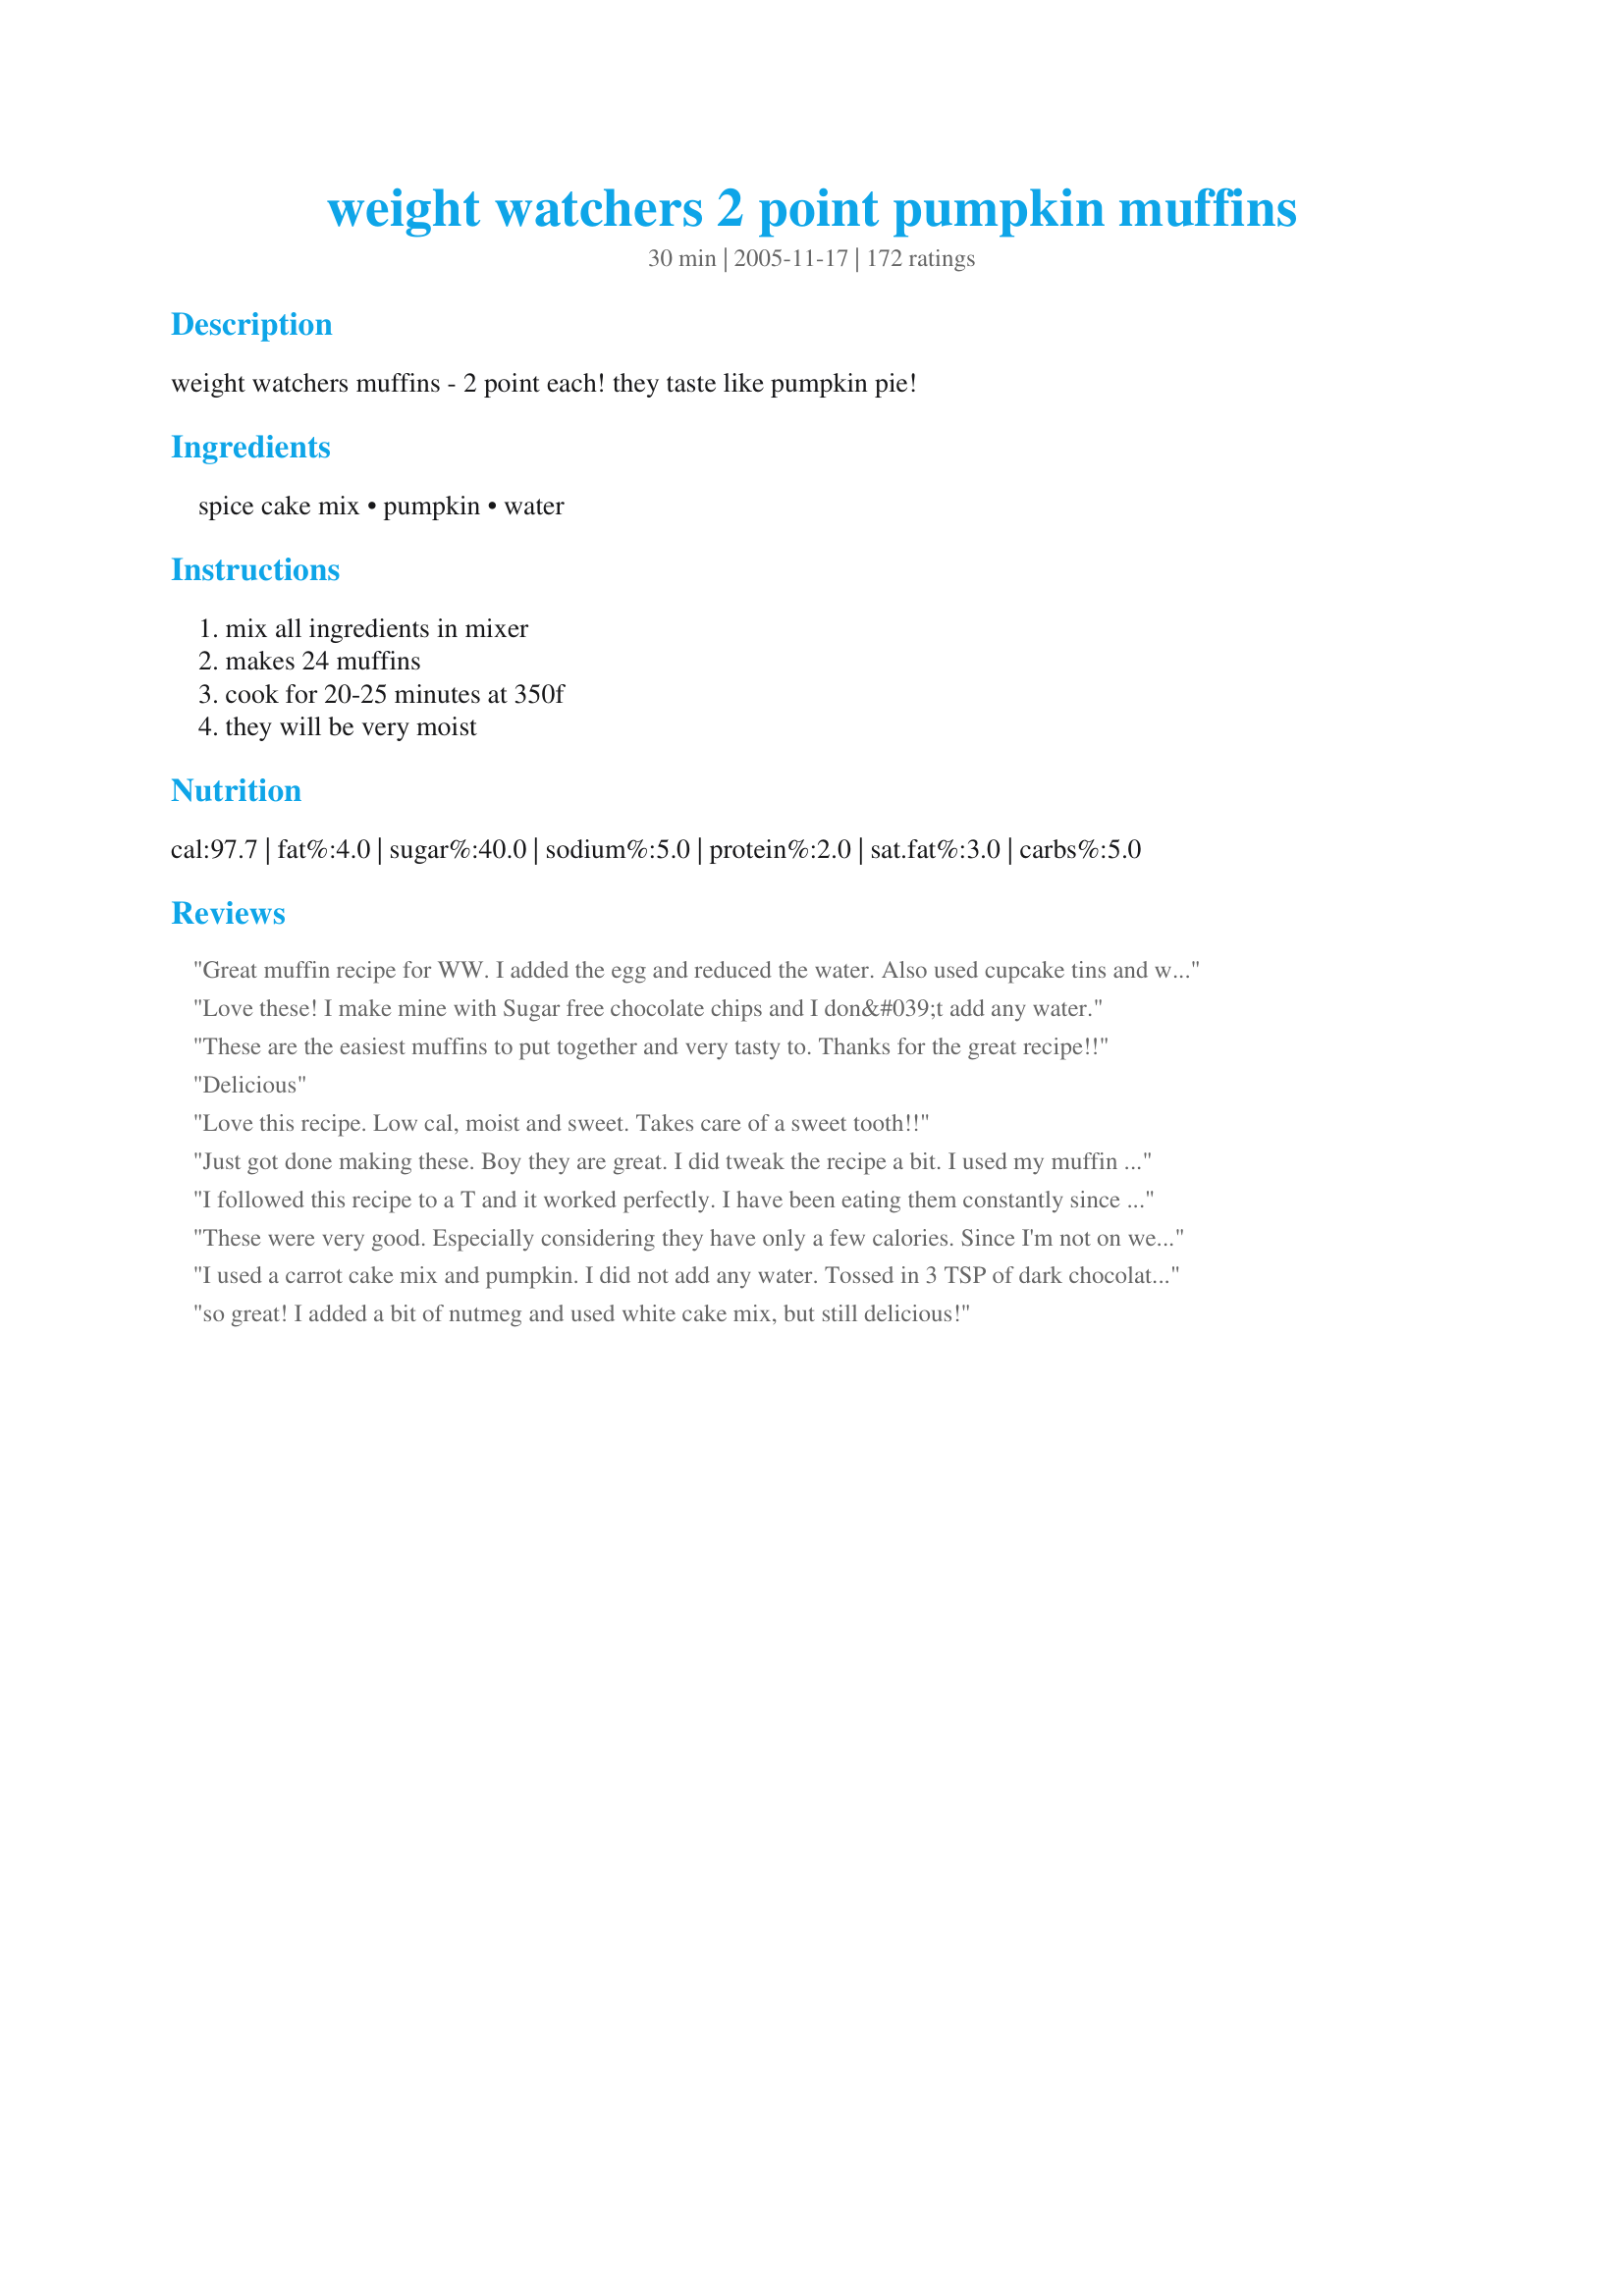
weight watchers 2 point pumpkin muffins
Preparation time: 30 minutes

weight watchers muffins - 2 point each! they taste like pumpkin pie!

Ingredients:
spice cake mix, pumpkin, water

Steps:
mix all ingredients in mixer, makes 24 muffins, cook for 20-25 minutes at 350f, they will be very moist

Reviews:
Great muffin recipe for WW. I added the egg and reduced the water. Also used cupcake tins and wrappers. Love the pumpkin flavor. Will make it with another flavor next time. This is a keeper for sure.
Love these! I make mine with Sugar free chocolate chips and I don&#039;t add any water.
These are the easiest muffins to put together and very tasty to. Thanks for the great recipe!!
Delicious
Love this recipe. Low cal, moist and sweet. Takes care of a sweet tooth!!
Just got done making these. Boy they are great. I did tweak the recipe a bit. I used my muffin top pan and got 36 muffins. Instead of all that water I added 3/4 cup instead and 1 egg. Also the Betty Crocker spice cake mix is 15.25 ounces. I will sure make these again. Only thing to make them better is whip up a batch of low calorie/fat cream cheese frosting! :)
I followed this recipe to a T and it worked perfectly. I have been eating them constantly since I made them, and for four points I can have two muffins and a pretty filling breakfast. These are really really soft and yummy too, just like pumpkin bread!
These were very good. Especially considering they have only a few calories. Since I'm not on weight watchers, but I am concious of calorie intake, I added a little bit of frosting to them. Just a little made them even better and didn't add a ton of calories. I also added a little cinnamon to the batter because I love spice. Thanks for sharing a nice low cal/fat recipe!
I used a carrot cake mix and pumpkin. I did not add any water. Tossed in 3 TSP of dark chocolate chips and baked for 20 min. Turned out perfect with great texture and flavor. They popped right out of the muffin pan (made 12) and made my house smell fab!
so great! I added a bit of nutmeg and used white cake mix, but still delicious!
These are delish and healthy! My 5 year old loves them! The neighbor kids also love these and range from 5-12 in age :) I do put 1/2 c water instead of 1 c and I also add 1 egg and pumpkin pie spice(about 1 tsp)! Thank you for this recipe!
This is also good with chocolate cake mix. Add 1 cup of coffee in place of water. Also, with yellow cake add cinnamon.
I have made these twice. The first time I added the water and they would not cook through. The second time I made them, I followed recipe from another site and did not add water. Just Cake mix and 1 can of pumpkin puree. They turned out perfect. IF you are making them do not add any water! JMO
I left out the water and these turned out great. A dollop of fat free cool whip makes these even better! Thanks for the post.
Delish and so easy and quick. I added a half cup of ground flax and used 1/3 cup of water and an egg. Thanks for sharing!
Nummy!
SOOO GOOD!!! I made these this morning, and they're so delicious that I'm making my fiance' bring the rest of them to work with him tomorrow so I'm not tempted to eat the whole batch! They taste exactly like pumpkin pie! I followed the advice in some of the reviews, here's what I did:<br/><br/>I used Pillsbury pumpkin bread mix<br/>1 15 oz can of pumpkin<br/>1/2 c. water<br/>2 egg whites<br/><br/><br/>I sprayed a cupcake tin and put them right in there!<br/>I'm glad I did that because they are so moist I think they would have stuck to the paper<br/>I baked at 400 for 20 minutes and the came out PERFECT. :)
I just had to make these. There have been so many recent reviews that I couldn't help my self. DH instantly said to make them again. They are so full of flavor. I sprayed the muffin pans with pam. They do not rise like normal muffins but they are so good. They're very moist to the point you think they are not done. I cooked them for 25 minutes. They also freeze well, and can be zapped in the mircowave for about 35 seconds. I'm thinking about experimenting with this and putting the mixture in a pie pan and top with fat free cool whip. Instant pumkin pie? Thanks nad smith for posting a very delicious recipe.
OMG these are sooo good. Instead for going for a third I thought I should write a review instead. I did cut back the water by 1/4 cup to add an egg in order to make the texture more what the family is used to. On half of the muffins I added left over streusel topping but I haven't tried that version yet though it looks even more inviting. I like this recipe as well as the Eggbeater version I was originally looking for. Will try the applesauce instead of water variation too next time.
This is one that I make all the time, I use a snack size no sugar added apple sauce instead of the water. Sometimes I also add some walnuts when I want to a little crunch.
I love these muffins! I did make a few changes though. I don't use any water. Instead I use 2-3 egg whites to add protein and very few extra calories. I also add 1/2 cup chopped pecans for a bit of crunch and healthy fat. The batter is very thick but the muffins are perfect after baking. Everyone that has tried these can't believe they're low fat! They are over the top with a bit of cream cheese frosting!
I made this recipe and did not use the water, but they are perfect. I had to bake them at 385 degrees in my convection oven as I live at 8400 ft elevation in Colorado. I have had to increase the oven temp by 35 degrees for my altitude. It took 15 minutes for 24 mini muffins and 20 minutes for a small loaf of bread. I ran out of muffin tins. Taste and texture is just perfect!
I didn&#039;t care much for these muffins. They tasted okay, but the texture was odd~not really muffin or cake like. Mine didn&#039;t seem to rise but they looked exactly like the accompanying photos. Very disappointing. I ended up throwing the remainder away and I hate to waste food.
Perfect Fall Muffins! As soon as you smell these muffins you will not be able to control yourself from eating these. Not only did these smell good but they were the best tasting Muffins I have ever had. I wouldn't change a thing!
These muffins were fantastic! I've watched this recipe get reviewed over and over again and finally I picked up a box of spice cake mix from the store and whipped them up in mere minutes. Mine cooked in 24 minutes. After they cooled a bit I tasted one just to make sure they were decent and they weren't just decent- they were phenomenal! Incredibly moist, nice pumpkin taste and were great with a tall glass of cold milk. I can't wait to make these over and over again!
Wow, these were so yummy!!
I did make a few changes, I added a tbs of cinnamon and vanilla. These are fabulous (cupcakes!) So moist and yummy! Mine baked perfect at 25 minutes and weren't mushy at all. Just moist and very flavorful. For 2 points a muffin, you can't beat that! Thanks for the wonderful recipe! This is a new dessert for me! :}
So easy! VERY moist. I added one egg and used applesauce instead of water. I will add a little pumpkin spice next time. Everyone who tried one....LOVED them. =)
Loved these!! So easy, super moist, and perfect for a quick, healthy snack. I added 1 egg and otherwise followed the directions as written. Thanks for sharing!!
I thought these were wonderful & my husband loved them too.

Since some reviewers said that the muffins didn't bake as well, I added an egg.

Thanks for sharing a great recipe!
These were really quick and easy to make. I think next time I will take previous reviewers advice and up the spices a bit. They would be awesome with a little cream cheese icing (kinda defeats the two points but yum). I am going to print an extra copy for my mom. Thanks for a great snack.
I love, love, love these muffins. I tried it using a carrot cake mix because I don&#039;t like spice cake. It is delicious for all you carrot cake fans out there.
Used yellow cake mix and cut down the water to about 1/2C and used an extra ounce or two of pumpkin. Also threw in some raisins. Turned out amazing! Great lo-cal snack and SO easy. Will definately make again.
Easy, and so yummy...I added a heaping t-spoon of cinnamon, a spoon of vanilla and then added a Tbsp of flax soaked in enough H2O to make a 1/2 cup of gelatinous liquid {{ :) }} & threw some nice chopped pecans into the mix....delish !!!...maybe I make ginormous muffins or lick my batter too much {lol} but I only got a dozen...which is perfect for me anyway!!! :)
These are great muffins for being only 2 points. I added 1/4 cup of chopped walnuts to the recipe for a little bit of additional texture and they are wonderful! I must say that they do not (for obvious reasons - only 3 ingredients) rise like normal muffins, but are worth it none the less.

Thanks!
Instead of using spice cake mix, I made these with a box of Fiber One apple cinnamon muffin mix -- very high in fiber and Weight Watchers friendly -- entered it into the WW recipe builder, and they're coming out as 2 PP per muffin. The apple cinnamon muffin mix is yummy with the pumpkin!
I did not use any water. I used the chocolate butter cake mix and added two egg whites. I also added a couple tbsp of cocoa powder and 1 tsp vanilla. Baked for 25 minutes. My family loves them! Mine came out to be three points each bc of the chocolate cake but a really delicious dessert with 1 point vanilla ice cream!
These are absolutely amazing! I made them as bar by putting the batter in a 12x16 cookie sheet and cooking it for 22 minutes. Less hassle and clean up than muffins. They are moist and flavorful and entirely too addictive! Thanks for a great recipe!! I will be making these often.
For a diet muffin they were very good. They were moist and flavorful. Thery were very quick and easy to prepare. Went well with our morning coffee. 

Thanks Nad Smith. 

Bullwinkle
I love these muffins and you can't mess them up! I used the exact recipe except I used a yellow cake mix and added 2 teaspoons of pumpkin pie spice and they came out great! My kids love them too and I feel like I am sneaking in a veggie!
I made these with the sugar free vanilla cake mix (39 points), 15 1/2 ounce can of pumpkin (0 points) and about 8 or 9 ounces of Muscle Milk 100 Calorie milk (1 point) - total points is 40 and I mde 48 mini cupcakes so it's actually .833 a point -- so I count each one as 1 point - the muscle milk gives them a sweeter taste and make them a little denser -- they came out perfect and I passed them out at my weekly weight watchers meeting and everyone loved them -- this is a fantastic 1 point food.
These are awesome. I found adding water made them too wet. I usually just use the cake mix, a can of Libby's pumpkin. 15oz and either an egg OR cinnamon lite applesauce.. sooo yummy
these were delcious. i did add one egg and did 1/2 cup water, 1/2 cup lowfat milk. they were very moist, in fact a little too moist so next time i will omit the egg. also added a little extra pumpkin spice b/c i had it on hand. i could imagine putting some cream cheese icing on these for the folks who arent dieting!
Does it get any better than a 2 ingredient, 1 step recipe? Only if it&#039;s low cal AND tastes like pumpkin bread! Thank you for this great recipe. Definitely a keeper
These were awesome! I took someones advice and added 1 cup of quick cooking oats to help with the texture. You could not tell they were lowfat AT ALL! Thank you.
I can't tell you how much I love these muffins! I ended up going with the suggestion of 1/2 c water and 1/2 c milk, and I used 1/4 c egg beater for the egg. This gave it a wonderful cake like texture. I also sprinkled pumpkin pie spice on the top during mixing. I baked these 3 ways-as regular sized muffins, as muffin tops, and as a small cake with the left over batter. All 3 turned out wonderfully. Each of my boys loves these muffins and I will be making them again. Thanks for sharing!
Wonderful, simple recipe. I reduced the water to 1/3 of a can and added one egg according to previous reviews, and they turned out great. Next time, and there will be a next time, I'll try adding in some raisins or chocolate chips. Thanks for the recipe!
This recipe is terrible. The texture is doughy and there isn&#039;t much flavor. Don&#039;t waste your money or time.
These are perfect little gems of a muffin! They are great with coffee for an evening treat without blowing a diet. Thanks for sharing such a simple but pefectly delectable little treat! I made 12 large muffins and 24 mini muffins so I could freeze the minis for on the go treats. Found this recipe through the I Recommend Tag game.
I didn't have spice cake mix on hand so I used a yellow cake mix and did the following tweaks:<br/><br/>1 egg<br/>1 cup oatmeal<br/>1 1/2 tsp cinnamon<br/>1/2 tsp nutmeg<br/>1/4 tsp ground cloves<br/>1/4 tsp ginger powder<br/>reduced water to 2/3 cup<br/><br/>I found the oatmeal reduced the excess moistness leaving a balanced muffin (moist still but not too moist). I also reduced the water to 1/2 cup because I added an egg to the recipe. The whole house smells like fall when these are being baked! Next time I might add nuts or craisins for extra flavor.<br/>2 points per serving (24 cup cakes)!
Absolutely wonderful. A little dollip of cool whip on top and wha-la. Delicious.
what are the true points 4 or more per muffin
From what my we councilor told me the calorie count on the cake mix is one tenth of the cake mix and also for a single serving which bumps the smart points upto twelve. As you I was disappointed
They were great. I only used 3/4 cup water and added pumpkin pie spice. My family loved them.
Love it! OH they are SOOOO good. I will be making these around the fall time for sure, so I can replace my usual pumpkin pie and pumpkin roll (maybe ice them with a little cream cheese icing). These are so tasty and easy. Thanks for the great recipe!
YUM! I really thought you meant muffins though, so I used a muffin pan (which have cups that are about 2x the size of cupcake cups), so it only made ~ 10 ^^; Now I know! <br/><br/>I also added about a half cup of walnuts. Delicious!<br/><br/>Thanks for the recipe!
You can use any cake mix with this recipie. If you add an egg it is more cake-like. Very Yummy!
I made this in a 9 X 13 cake pan & added 1/2 cup of egg substitute. It is delicious! Even my "I don't like diet foot" teenage daughter loves it. She said, "it tastes just like pumpkin pie without the yucky crust!" I guess that says it all. It's great with a little cool whip free on top! Thanks so much for sharing the recipe.
I also loved these. So easy to make and was exactly what I needed to cure my sweet tooth! I did not have spice cake, so I used a yellow cake mix and added some cinnamon, ginger and cloves. They do taste like pumpkin pie. I baked 12 of them and put the rest in the fridge to try it SayHay6s way, it sounds yummy! Thanks!
Love to make these in the fall. My favorite way to serve is to just take a serving size of batter and put it in a small microwavable container, microwave for 25-30 seconds just til warm and a little cakey. Add a spoonful of fat free cool whip, watch out very addicting, YUM YUM.
I always make these with no water. Just pumpkin and spice cake mix. It's a wonderful muffin!
These were wonderful. I added some pumpin spice to the batter. I will be making a batch today to bring with me tonight to give to the staff that work at my vets office.
I don't know but these didn't do it for me. Yes, they are low calorie, but weird texture. I ended up having to cook them longer and they were almost too moist inside. Also, I guess I'm a sugarholic, but they needed more sugar in them or something.
I am going to try these. For those who are doing smart points, I calculated and based on the nutrition provided w/o adding anything, they are 4 points each.
Loved these! Yummy, pumpkin taste--much like pumpkin pie as others have mentioned. I did add about a 1/2 tsp. of pumpkin pie spice as well. Very easy to make. Will definitely make again. Thanks for sharing!
These were WONDERFUL! I loved them and plan on making them all the time and they are only 2 POINTS!
This is sooooo yummy and moist---and very guilt-free for an anytime snack or alongside a dinner. My 10 year old loves to make these! Thanks for a great recipe!
Warning.... do not make this in a 13x9 pan if you are counting WW Points!! I did, and ate half the pan!! They need to be made as muffins so that you will find some self control (or at least "I" need to!) LOL! <br/>I followed the other recommendations and added one egg and cut back on the water. I blended it according to the package, whipping it for 2 mins and baked it in a 13x9 pan for 25 mins. It came out light and fluffy and SOOOOO good! Like I said, I ate half the dang pan! I will be making this again! I would love to try it with chocolate chips, like someone mentioned.
Really liked the muffins. They were light and tasty! I used 1 egg as another reviewer had, just because it sounded like it would hold the muffins together a little better. I ended up with 21 muffins due to my inability to evenly distribute batter! :) Will make again.
These are so fast to throw together and very tasty! I have made these quite a few times now and will continue using this recipe as a staple in my house! I use some extra cinnamon and pumkin pie spice in mine along w/ some vanilla or almond extract. Thanks~
I used these to a T- 1 box spice cake mix (only mine was less, 16.5 oz) and a can of pumpkin. My calculations are showing 5 points per muffin.
Wow! Fast and easy!
Just made these delicious muffins. I followed one of he tviews and sprayed the muffin cups instead of using paper cups. I added 1 egg and reduced the water to 1/3 cup. They are the best pumpkin muffins I ever ate. I will use this recipe from now on. Loved them??
Love this recipe! I have made as the recipe says and i've also reduced the water to 1/2 cup and used 1 egg to make fluffier if i take them somewhere as they are more like your traditional cake texture. The original recipe is very moist though and still super yummy! I also use spice cake mix with mine and add some extra cinnamon, nutmeg and clove and they are gone within a day!
Actually, according to the new "Pointsplus" system, these are worth 3 points. But still SO easy, yummy and filling!
Wow!! These are soooo yummy! My teenage daughter made them exactly as written and we all love them!! They do taste just like pumpkin pie. They do stick to the muffin wrappers so next time we will just spray the muffin tin. Thanks for posting this awesome recipe!!!
These muffins came out really good, my 2 and 5 yr olds loved them. I used white cake mix instead of the spice cake and added 1 medium egg. Thanks for a good recipe. I also added some raisins.
I have made these a few times as per the recipe and they were great. Everybody in the house really liked them. This time I made a few changes based on the reviews, and now they are even better. Instead of using muffin wrappers I just sprayed the muffin tins and they dropped right out. (They always used to stuck to the paper and that was annoying as you'd lose some of your muffin.) Also, I added 1 egg and reduced the water to about a 1/3 of a can. Now they are not as wet and much more cakey. I will now be making these more often!
These are quite yummy! Only thing I wish I had known was to grease the muffin tins or paper liners. I used liners and unfortunately the bottom half of the muffins are stuck to the papers. Mine were done @ 20 mins, but because they were so moist I thought they weren't quite done and kept in the oven for an extra couple of mins - mistake - they were a little too cooked on the bottom. Overall a great low point snack that I will definitely make again, but I will remember to grease my muffin cups and will take out of the oven at 20 mins. Thanks! :)
These are so good! They really do taste like pumpkin pie. I made them a bit too large and ended up with only 18 muffins. I also used skim milk in place of the water. They were still done in 20 minutes.
I loved these muffins. First time i made them exactly like the recipe. I loved them. Next time I used 1/2 cup water (instead of 1 cup) and added two egg whites so they would be light and fluffy. Loved them both ways. Thanks for the great recipe.
I added 4 ounces of applesauce and extra nutmeg and cinnamon. They taste like little pumpkin pie tarts - so creamy good.
excellent muffin! I was going to use pumpkin but when I looked at my can it was out of date. So I added to mashed bananas and one cup of oatmeal and 1/2 cup of sugar free apple sauce. They are outstanding. Not sure which ingredient made them rise but my muffins rose up and were beautiful.
I have made a similar recipe for years. The only difference is I use NO water. Pumpkin and cake mix only. I have done this in many flavors. The yellow, white and spice mixes taste like pumpkin. The chocolate mix will taste only of chocolate. I make it in muffin cups, cupcake pans, and 13 x 9 pans. They come.out like dense cake. They are moist, but not wet. Just the mix and pumpkin. I think you'll be pleased. I serve it with whipped cream or cool whip. I will spray the pans and if you make it right in the large pan, nothing could be simpler.
Under new Weight Watchers, these are 7 points each, not 2!
Highly recommended! VERY yummy!
Loved these! So easy and very moist. It's not like a bakery muffin but it's equally good in in its own way. I'll take it over a high fat muffin any day. I'm still experimenting with cooking and baking and don't force my food on anyone but I immediately brought these in for co-workers the next day. Might try some walnuts or chocolate chips on my next batch as others have suggested!
this recipe made great muffins very moist and falvorfull
These are super easy to do, and have a lovely texture. I did add pumpkin pie spice. Definitely not a dessert/sweet muffin, but it's a great healthy option, with a decent amount of nutrients from the pumpkin! Just found a funny aftertaste. I baked mine for 23 minutes and they were moist and dense and perfect. Really good warm with a bit of butter. Thanks!
Decent. No depth of flavor. Love that it&#039;s low cal. Maybe I&#039;ll add nutmeg or clove next time...
These Muffins were fantastic! I changed the recipe a little bit and used:<br/><br/>1 box of spice cake<br/>2 tsp of pumpkin pie spice<br/>1 can of pumpkin<br/>1 egg<br/>2/3 cup of water<br/><br/>I was tempted to add cranberries, but I was trying to keep the points down.
I don't know if mine turned out right..they were super mushy, even after 30-35 minutes! still tasted awesome..almost the same texture as pumpkin pie, creamy. these are awesome!
Love!!! My version is the cake mix, pumpkin and instead of water, 1 egg. Then I mix in 1/2 bag of semi-sweet mini chocolate chips. Amazing. This is also a great "foundation" recipe...I'm making it tonight but switching to devil's food cake mix and the semi-sweet chips again. Next time will be milk chocolate cake mix with peanut butter chips. The chips add points, but it makes this SO decadent that it's a great treat. Brought the pumpkin chocolate chip muffins for dessert at a friend's house, everyone loved them, and nobody knew they were "diet"!!!
Should these be mini or full size?
Thank you so much for posting these are wonderful, I did add the egg and lower the water amount as another review had suggested. They came out so fluffy and light! DH loved them and so did my very picky 7 year old. I am making two more batches right now because the ones from yesterday are gone!!!
Quick, easy and very good...thanks for sharing.
Made exactly as stated, and they turned out great, nice and moist and full of yummy pumpkin and spice flavor. I will share these with the girls at work, thanks so much!
These were fantastic! I mean fantastic!! I added a big shake of pumpkin pie spice (probably 1T) and they were, as I said, fantastic! I was so looking forward to these, due to my ds -- allergies to milk/eggs -- and he loved them. I even forgot to add the water and they turned out great...very moist! Thank you!!
These were excellent. The only thing I did different was to use a carrot cake mix yum yum thanks
My husband and toddler can't stop eating these. These are incredible muffins, very moist and taste like pumpkin pie. I found the texture to be a bit off, and plan to add 1/2 to 1 cup of quick cook oats the next time I make them. As long as you are not expecting something sweet, like a cupcake, I'm sure you will enjoy this recipe.
Update: I made these with the addition of 1 cup of quick cooking oats. It dramatically improved the texture and did not increase the points per muffin!
I used a whole wheat gingerbread mix and pumpkin that I roasted myself (and had in the freezer) after Halloween. I added 1/2 cup of oatmeal per the other reviewers to decrease the moisture and next time I will add a full cup. Super moist and delish and healthy! With the gingerbread flavor the pumpkin went undetected. Will make this again!
We ate them plain and they were very good, especially considering they aren't bad for you. However, we had some cream cheese icing that we added to half and they were delicious, but not very good for you I'm sure. These were easy enough for DD to make by herself. I'm sure we'll be making these again.
I made this but taking the advice of other poster, I lessened the amount of water to 3/4 cup but I added 1 egg and 1 egg white, divided evenly between 24 cupcake papers/tins and cooked for 25 min. I wanted a more cupcake-like texture. Not bad for a great dessert!
The sugar free yellow cake mix, plain, comes out at 4pt/muffin, based on making 24. Where in the world are people getting 1 or 2 points? I am getting ready to make these, and aside from the pumpkin, I am SHOCKED at the points!
I've made these a couple of times once with a spice cake and once with a carrot cake. Always delicious. They never stay around here very long:)
Thanks for posting!
Super easy to make and quite tasty too. For an extra special treat, put a dollop of cool whip on top, just like pumpkin pie :)
This is a great recipe. I made it like several others suggested. I used only 2/3 cup water and 1 egg. Very yummy!
Love these and so easy to make too. I used 1/2 c egg beaters and reduced the overall liquid to 3/4 c by using just 1/4 c water. Thanks for posting.
This is a total keeper. Easy and yummy what a combination. I did add 1 cup of oats and flax seed meal for more fiber, I also added a bit of pumpkin pie spice. I will be making this again and again. I will be trying with bananas, applesauce, and zuccini. This recipe is a real winner!!!!
Always a winner with this recipe. I use a medium scoop, and these make 18 for us. I cook the full 25 minutes, using paper cups, so they are a little more done to hold their shape. Very good for breakfast, and/or with tea. I've made w/out the water, and found that it is absolutely necessary to "firm up" the muffins when it evaporates in cooking.
 I am not on a diet but these were wonderful... I changed nothing and they came out super moist and full of flavor..
These are really good! I used Betty Crocker's Spice Cake Mix, Libby's Pumpkin and a cup of water. For 24 muffins they are 4 SP.
Easy, moist and delicious. This will make a really good 2 point breakfast.
I also added 1 c. of quick cooking oats. Added a few plumped raisins and just a few chopped walnuts. These muffins are so yummy and easy. Thanks for such an easy, quick recipe.
I made this with a Devil's Food cake mix. Talk about dessert!! They turned out fantastically moist and yummy. I feel like it would also be so good with spice cake mix. I'll try that next. I got 20 muffins from one box. Thanks!
These are absolutely delicious. I can't wait to try the technique with other kinds of cake mix. I made a mistake and only used half a cup of water, but it didn't seem to hurt anything. I can't wait to make them again!
This is the first time I have made these so I went directly by recipe to see where I wanted to tweak the recipe for next time. The original recipe is great, yet I do want to try some of the suggestions by reviewers. I am curious as to the change in points by adding the oatmeal, craisins, nuts, chocolate chips and/or dates. I am also taken aback by all the options of cake mixes that can be used, amazing. Just by the taste of the final results of the original recipe, I do see that it needs more spices and less water. My husband and I have been on the Weight Watcher plan without going to meetings so we do not get new recipes like this. Thank you for having it available. Our worst time to stay on diet is late at night when the cravings hit. Hopefully this will fulfill our weak moments.
OMG! I added one egg and used about 2/3 cup of water and used spice cake and they were AMAZING!! Too good I would say, lol. Couldn&#039;t stop eating them. Easy and delicious!!
I left the water out and added a egg . They are delicious. Perfect for breakfast on the go. I am going to freeze them in bags of two
These were fine. They need something extra, though. I think diced apples would go nicely in the mix or maybe topping them with cream cheese icing would do the trick. I probably won't make these again.
This is a delicious recipe!! I'm following a low carb high protein diet but have been craving a moist muffin. This definitely fits the bill. The batter didn't seem to rise as much as I expected but it was SUPER moist and the pumpkin & spice cake combo was delicious! (see pictures) I'm going to experiment doing this with other cake mix & puree combos...perhaps adding some walnuts next time.
Does WW encourage the use of HFCS? Almost all of the commercially made cake mixes are full of it.
These were beyond delicious!! I don't know where people are getting the WW 3 PointsPlus from. I entered everything into my recipe builder and came out with 2 points for one muffin. I made one batch regular muffins and then made some using my mini muffin tin (comes out to 1 point each). Just by tasting it you would have no idea that it was so low in points!! : )
These were a breeze and they are really good! I didn't use quite a full cup of water though. They would have been just a tad too moist if I had.
OMG! I love em! I may be addicted :P Even my kids and DH like em(My 15 y/o step son said as he walked out the door...."I hope there are some left when we get back----I can't promise anything :P) I used a yellow cake mix and added spices,pumpkin, 1 cup of oats, and 1/2 c of water. I did them in a mini muffin tin. I like them because they aren't too sweet, but just sweet enough.
These muffins are awesome! I have used them for many get togethers topped with cream cheese frosting (more points!) as cupcakes, or with streusel topping as muffins. They always get rave reviews and no one believes that they are low points or made without oil. I do use a mixture of 1/2c. water and 1/2c. egg white (egg subsitute) to make them a little more cake-like. But they never fail!
These are amazing! I did decrease water to 1/4 c and added 1 egg. Hard to believe these are weight watchers! I have a second batch cooking using chocolate cake batter since I didn't have another spice batter.
Hmmm, well when you use the weight watchers points plus calculator this adds up to be a 3 point muffin!
These muffins are sooo good !
Ok, I was REALLY skeptical about this, but had to attend a pre-Thanksgiving gathering this evening, so I decided to make this, so there would be SOMETHING there I could eat without feeling toooo guilty. The joke was on me, because this went over better than any other desert there. I used a spice cake mix, one can of organic pumpkin, just under a half cup of water an one egg. I baked it a 13x9 inch pan, sprayed with Pam. I did frost it, using 8 oz of fat free cream cheese, a tablespoon of "i can't believe it's butter, light", and half a box of powdered sugar, 1 tsp of vanilla. <br/><br/>I have not figured the points for the frosting, but obviously it's gonna add points. It was the first time I've made cream cheese frosting using the fat free, and frankly you can't tell the difference. Since I only used half the sugar normally called for, I didn't get quite the volume of frosting, but it was quite ample to frost the cake. Anyway, like I said, everyone loved it, there was only 8 in attendance, and there were 2 homemade pies there, one pumpkin and one pecan.. that were hardly touched, I brought home one small piece of the cake. Will definitely make this again, just doing the muffins (no frosting). But I am also going to make it to take to my sister inlaw's for Turkey day. This was so easy, and really yummy.
My five year old daughter loves these so much she made me make them to take to school for her Birthday. They are perfect for a snack. I do not change any thing in the recipe but I do not use muffin wrappers. I spray the muffin pans with some Pam spray and out they come.
These were wonderful. I took the suggestion of adding 1 cup of oats and loved, loved them. I also made a simple glaze and washed it on with a pastry brush while warm and dusted muffins with oatmeal. Very pretty muffins. On or off weight watchers this recipe is going to be a family standard. I wonder how this would taste with mashed bananas instead of pumpkins? I would probably add more spices as well. Thanks for the wonderful recipe and keeping me on my diet :)!!!!
I made these for my family this week, and they were a HUGE hit! I reduced the water to 3/4 cup and added 1/4 cup lite splenda sweetened applesauce. I also added 2 egg whites to help the texture. This added 2 calories and no fat to each muffin. I didn't know if my 6 and 3 year old sons would like them...but they LOVED them! They were eaten as snacks, dessert, and one morning they each had 2 muffins and 2 turkey sausage links for breakfast! This recipe is delicious, simple, family pleasing, and light...a combination I didn't even know was possible from a cake mix! Thanks so much for sharing this recipe!
These muffins are very good and very easy to make! I actually took them to my Weight Watchers meeting, and everyone really enjoyed them! Thanks for the great recipe!
These are so delicious! I added nutmeg and cinnamon to mines and they are just scrumptious! I made 2 batches: one with and one without chocolate chips! I will be making these more often now!
These muffins are great! I use 1/2 cup of applesauce instead of water and add 1/2 bag of Hershey's cinnamon chips. They are a perfect snack when baked into mini muffins.
These were not good. Very bland and strange texture. I was really disappointed because of the great reviews!
When calculating the plus points I got 3 pts. &lt;br/&gt;2 points for the cake mix&lt;br/&gt;1 point for the puree pumpkin&lt;br/&gt;0 for the water&lt;br/&gt;The were good and moist
AWESOME! My 3 year old loves them. Last night I made 3 patches for work. I used yellow cake, spice cake and chocolate cake. I love them all. The yellow and chocolate cake mixes taste like a cupcake and the spice is more like a muffin. This will be a dessert staple in our house from now on!!! My only concern on this recipe is that the fat grams listed here I believe are higher then what all 3 of my cake mixes said. They say for just mix it's 3 grams of fat for 12 servings which equals 36 total fate per box...these muffins make 24 (about) so that would be 1.5 grams of fat per muffin, not 3. The pumpkin has no fat, so not sure if I am working this up wrong or the recipe?? Either way, they are 2 points a peice on Weight Watchers, the fat difference doesn't change that. LOVE THEM, everyone must try them! :)
These are delicious! I will make them again and again!
I love this recipe, it's delish! It's great with sweet potatoes as well!
Super easy, super moist. Next time I may add rasins. I think that would be good too.
Amazing! I added raisins like some others suggested. Only problem is I can't stop eating them.
These are wonderful. I was skeptical about this recipe. I made one change; I added some ground cinnamon. Mine actually took 28 minutes. Thank you for posting. I&#039;m thinking of substituting apple sauce for the pumpkin just to change up a bit.
Awesome! They were so easy to mix and taste great! This is definitely a treat I will keep in my receipe box!!!!!! Thank you
These are fantastic! I followed it exactly to the recipe, except I filled the muffin cups to the top (I like them BIG) and got about 14 out of the mix. Soo good... and so easy to make. You definitely can't tell they are low in fat!!
Gotta love this recipe for a low fat tasty treat. I happened to have the spice cake mix and pumpkin and could not resist trying these, boy am I glad I did! Moist and yummy!!! I did add 1/3 cup ( or approx 2) egg whites and 2/3 cup water and some spices as suggested by some reviewers. I brought them to work and nobody complained that they lacked any taste, instead mentioned how moist and tasty they were. Plus I did make a 9x13 cake pan because I was lazy and did not want to deal with muffins on the first attempt. The oven time was about 22 minutes for my oven.
Okay. So I cheated a little by doing 1/2 water 1/2 fat free milk, adding 1 egg, AND chocolate chips, but these are really good! I'm not on the WW plan but I am trying to lose baby weight so this is a great dessert or breakfast alternative. The recipe made 24 big fluffy muffins in 25 minutes. I think I will try freezing some for later.
These were excellent! I even made a little light dessert with them and mixed one muffin with about 2 Tbsp of Cool Whip Free. A woman I work with said she's also made cookies with this combination, just leave the water out and the cookies are the texture of like a molasses cookie. You can even toss a few mini choco chips on top to add goodness.
Yummy! I love these easy and tasty muffins.
This recipe is fantastic! I followed the recipe below that used 1 egg, skim milk, and water and I added Fat Free Cool Whip as frosting! Everyone at our house LOVED it!!!!!!
I ate one and threw away the rest. They taste like processed diet food. I'd rather watch my portions with a good tasting high calorie dessert, than waste 97 calories on something that was terrible.
Delicious! I don't see why anyone bothers to add oil and egg? I love the springy texture and they're good with or without frosting.
I make these all the time, my kids love them and they are healthy too.

Gina
These muffins are wonderful! However, I have always made them with just cake mix and pumpkin, no water. It's a little tough to mix but the outcome is superb. Adding a few cinnamon chips to the recipe, as published, is very good. I have also made this recipe with many different flavors of cake mix. I make it with chocolate cake mix and a few chocolate chips (You won't taste the pumpkin). The most recent variation I have made is with Strawberry Cake mix, fresh strawberries (cut into small pieces), and white chocolate chips. I have made this for years and never grow tired of it.
This was a great basic recipe for a yummy muffin. I wasn't convinced they would just POP out of the pan as others said....but they did!!! I love that it makes a big batch so my six kids aren't fighting over who gets the last one :) I did use an egg and reduced water to about 1/2 cup. Turned out great! I would add a little cinnamon next time but wanted to try it without first.
So easy and absolutely delicious! I followed the comments other people posted and used 1 egg 1/3 cup water in place of the 1 cup of water. Mixed in some mini chocolate chips at the end and used sprayed muffin tins rather than paper liners. Huge hit with everyone who has tried them, no suspicion of being "diet."
They do have that low-fat kind of texture like you would expect from a muffin made without oil and they aren't crumbly-tender like a high-fat muffin, but still very tender and moist. Although I don't usually use cake mixes, this is a recipe I'd make again.
These are awesome!! They are moist and taste great. It is hard to believe that just 3 ingredients can make such wonderfully delicous muffins. I added just a few chocolate chips to them because I love the mixture of pumpkin and chocolate. Who knew that low fat would taste so sinfully good. I will be making these again and again!! Thanks so much.
These were amazing and so easy to make! I did add one egg to it and made it in a 9 by 13 pan and it took about 24 minutes. They were nice and moist and we ate it all in the first day! Next time I will try with the oats or chocolate chips! One of the best weight watcher recipes I have ever made :)
low are you
Signed up to bring muffins to my kindergartener's Thanksgiving feast and THEN found out that there are children with severe food allergies - nuts and eggs! This was the perfect muffin. I made them as minis and the kids just loved them. I added 1/2 tsp. each of cinnamon and vanilla. DH even asked that I make them again for Thanksgiving.
I make this but instead of water I use a lunch pack cup of applesauce. It keeps it low fat and moist without being watery. I made them this way for work and they were gone fast.
Very tasty and easy! I added 1 tsp pumpkin pie spice, 1 tsp cinnamon and used the electric mixer for about 2 minutes. Mine were pretty small and didn't rise too much, but the taste makes up for that! My kids are gobbling them down as I type! I may try using no sugar added apple pie filling next time to see what happens. Thanx for a keeper!
OK, These ROCKED!! I used the Spice Cake mix, the 15oz can of pumpkin (NOT PUMPKIN MIX!) I like to add my own spices to the pumpkin. So added 2/3 cup water to the pumpkin and to that I added 1 1/2 teaspoon Cinnamon, 1/4 teaspoon EACH of nutmeg and ginger. Mixed that well and then mixed in the cake mix real well. THEN I finely chopped 1 cup of pitted dates and mixed those in. Used just a teflon muffin pan and they came out inCREDible!<br/>They were ever so slightly on the doughy side so next time I'll just use the 1/2 cup of water. Our oven is a pain so it may have been that the temp wasn't quite at 350 and I baked them for about 18 minutes.
Is this recipe for mini muffins or full size muffins? Would it be 1.5 WW points plus for a mini and 3 for a full size?
FYI with the new WW program, these are now 3 points per muffin
Simply delicious! I did not make muffins but a 13x9 cake instead - I watched it and inserted a toothpick for doneness. Baking time was roughly 25 minutes, and it's nice and moist. I did alter the recipe slightly and used 1/2 cup skim milk and 1/2 cup water and 1 egg to make it a little more cake-like, but those 3 points spread out over 24 servings is not worth counting. It came out great! Thanks for sharing.
Followed the recipe and added 1 Cup of raisins. They turned out great! Came out to be 3 points each on the points plus plan. Made 24 muffins. Yum!
I bake this in a 9x13 and use the 1 egg as suggested by another member. It doesn't replace a "normal" cake but if you need to satisfy your sweet tooth, It will do the trick.
these are awesome! we probably put more pumpkin than called for, as it was a 30oz can and i had used over 1/2 of it, but they are nice and gooey- just how i like them, as i am not a fan of cake texture baked goods.
thanks for an easy, decently healthy snack!!
very good!
I just made these muffins/cupcakes. When I put the ingredients into to recipe creator, I got a value of 4 points, including the 1 egg I added. They are yummy, and everyone is enjoying them.
